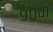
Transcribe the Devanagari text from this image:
९०वां